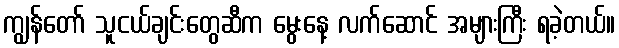
ကျွန်တော် သူငယ်ချင်းတွေဆီက မွေးနေ့ လက်ဆောင် အများကြီး ရခဲ့တယ်။